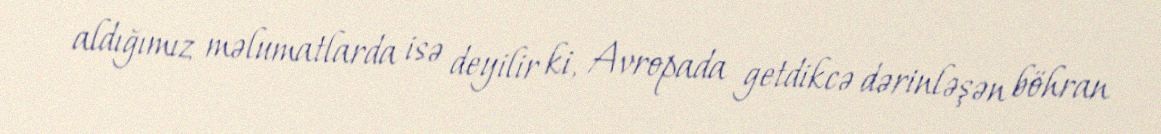
aldığımız məlumatlarda isə deyilir ki, Avropada getdikcə dərinləşən böhran